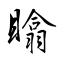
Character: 䁯